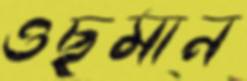
ওছমান